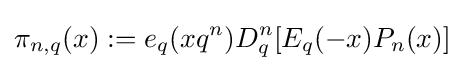
\pi _{n,q}(x):=e_{q}(xq^{n})D_{q}^{n}[E_{q}(-x)P_{n}(x)]